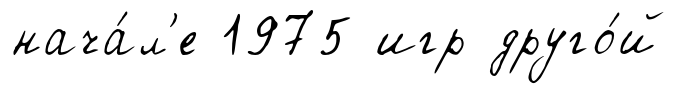
нача́л'е 1975 игр друго́й